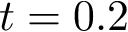
t = 0 . 2